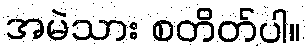
အမဲသား စတိတ်ပါ။